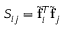
S _ { i j } = { \widetilde { \bf f } } _ { i } ^ { T } { \widetilde { \bf f } } _ { j }